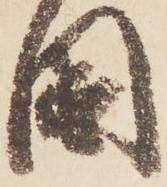
國